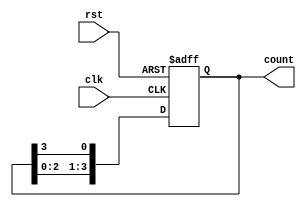
module ring_counter #(
    parameter N = 4 // Number of bits in the ring counter
) (
    input wire clk,          // Clock signal
    input wire rst,          // Reset signal (active high)
    output reg [N-1:0] count // Current state of the counter
);

    // Initial state of the ring counter
    initial begin
        count = 1'b1; // Initialize the counter with '100...0'
        count[N-1:1] = {N-1{1'b0}}; // Set other bits to 0
    end

    always @(posedge clk or posedge rst) begin
        if (rst) begin
            // Reset to '1000' (for a 4-bit counter)
            count <= 1'b1; // Set the highest bit
            count[N-1:1] <= {N-1{1'b0}}; // Set the remaining bits to 0
        end else begin
            // Shift the bits in a circular fashion
            count <= {count[N-2:0], count[N-1]}; // Shift right and wrap around
        end
    end

endmodule